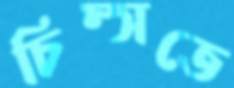
চিম্‌সতে